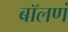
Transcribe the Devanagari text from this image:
बॉलणं